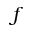
f